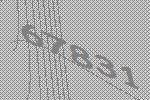
67831